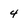
Character: 4